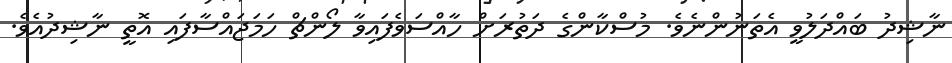
ނާޝިދު ބައްދަލުވީ އެތަނުންނެވެ. މުސްކާންގެ ދަތުރަށް ހާއްސަވެފައިވާ ލޯންޗް ހަމަޖައްސާފައި އޮތީ ނާޝިދުއެވެ.